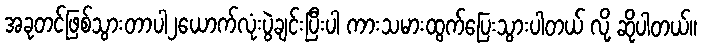
အခုတင်ဖြစ်သွားတာပါ၂ယောက်လုံးပွဲချင်းပြီးပါ ကားသမားထွက်ပြေးသွားပါတယ် လို့ ဆိုပါတယ်။